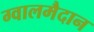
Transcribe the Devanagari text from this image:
ग्वालमैदान